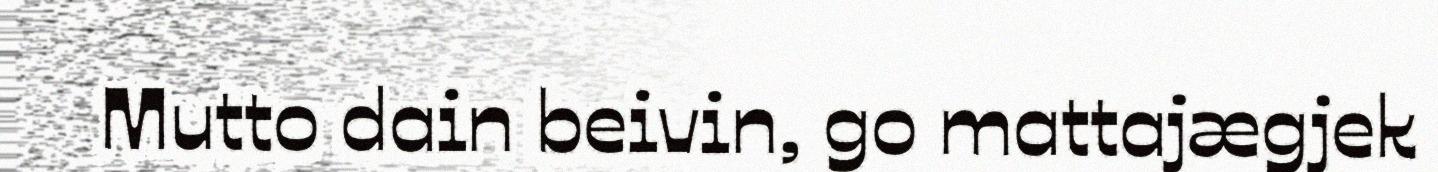
Mutto dain beivin, go mattajægjek